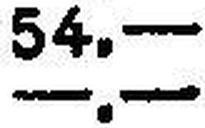
—.—